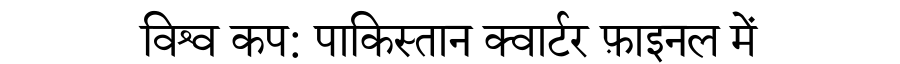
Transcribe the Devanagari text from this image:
विश्व कप: पाकिस्तान क्वार्टर फ़ाइनल में